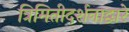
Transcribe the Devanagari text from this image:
त्रिमितीदर्शनाद्वारे